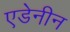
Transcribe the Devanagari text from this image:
एडेनीन